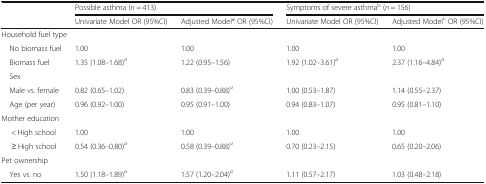
<table><thead><tr><td rowspan="2"></td><td colspan="2"><b>Possible asthma (<i>n</i> = 413)</b></td><td colspan="2"><b>Symptoms of severe asthma<sup>b</sup> (<i>n</i> = 156)</b></td></tr><tr><td><b>Univariate Model OR (95%CI)</b></td><td><b>Adjusted Model* OR (95%CI)</b></td><td><b>Univariate Model OR (95%CI)</b></td><td><b>Adjusted Model<sup>c</sup> OR (95%CI)</b></td></tr></thead><tbody><tr><td colspan="5">Household fuel type</td></tr><tr><td> No biomass fuel</td><td>1.00</td><td>1.00</td><td>1.00</td><td>1.00</td></tr><tr><td> Biomass fuel</td><td>1.35 (1.08–1.68)<sup><i>a</i></sup></td><td>1.22 (0.95–1.56)</td><td>1.92 (1.02–3.61)<sup><i>a</i></sup></td><td>2.37 (1.16–4.84)<sup><i>a</i></sup></td></tr><tr><td colspan="5"> Sex</td></tr><tr><td> Male vs. female</td><td>0.82 (0.65–1.02)</td><td>0.83 (0.39–0.88)<sup><i>a</i></sup></td><td>1.00 (0.53–1.87)</td><td>1.14 (0.55–2.37)</td></tr><tr><td> Age (per year)</td><td>0.96 (0.92–1.00)</td><td>0.95 (0.91–1.00)</td><td>0.94 (0.83–1.07)</td><td>0.95 (0.81–1.10)</td></tr><tr><td colspan="5">Mother education</td></tr><tr><td>&lt; High school</td><td>1.00</td><td>1.00</td><td>1.00</td><td>1.00</td></tr><tr><td>≥ High school</td><td>0.54 (0.36–0.80)<sup><i>a</i></sup></td><td>0.58 (0.39–0.88)<sup><i>a</i></sup></td><td>0.70 (0.23–2.15)</td><td>0.65 (0.20–2.06)</td></tr><tr><td colspan="5">Pet ownership</td></tr><tr><td> Yes vs. no</td><td>1.50 (1.18–1.89)<sup><i>a</i></sup></td><td>1.57 (1.20–2.04)<sup><i>a</i></sup></td><td>1.11 (0.57–2.17)</td><td>1.03 (0.48–2.18)</td></tr></tbody></table>